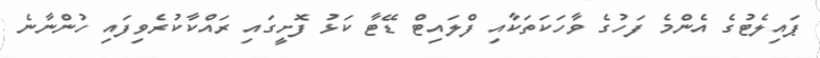
ޕައިލެޓުގެ އެންމެ ފަހުގެ ވާހަކަތަކާއި ފްލައިޓް ޑޭޓާ ކަޅު ފޮށީގައި ރައްކާކުރެވިފައި ހުންނާނެ